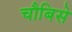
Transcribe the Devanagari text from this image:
चौबिसे